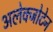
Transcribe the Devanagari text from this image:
अलेक्जोटेन